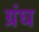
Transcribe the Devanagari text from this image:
ग्रंघ